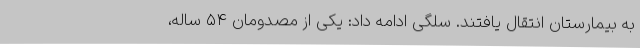
به بیمارستان انتقال یافتند. سلگی ادامه داد: یکی از مصدومان ۵۴ ساله،